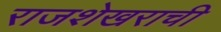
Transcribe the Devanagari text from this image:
राजशेखराची